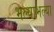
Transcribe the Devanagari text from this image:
भल्याभल्या